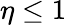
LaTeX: \eta\le 1